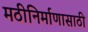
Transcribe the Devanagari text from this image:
मठीनिर्माणासाठी